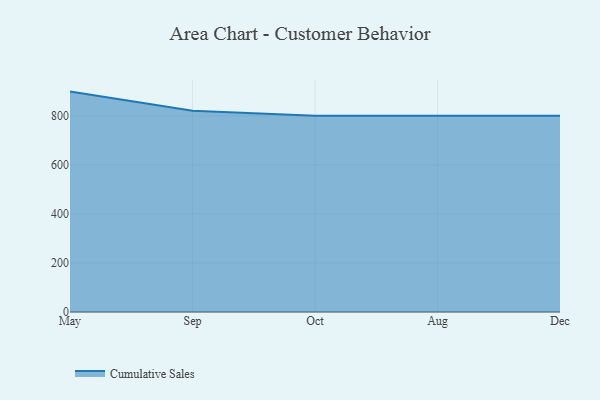
{"axis": {"x": "Month", "y": "Headcount"}, "legend": ["Cumulative Sales"], "data": [{"x": "May", "y": 899.0, "type": "Cumulative Sales"}, {"x": "Sep", "y": 820.9, "type": "Cumulative Sales"}, {"x": "Oct", "y": 800, "type": "Cumulative Sales"}, {"x": "Aug", "y": 800, "type": "Cumulative Sales"}, {"x": "Dec", "y": 800, "type": "Cumulative Sales"}]}